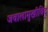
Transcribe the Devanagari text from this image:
जवालामुखीविद्